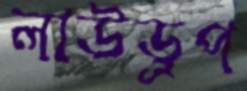
লাউড্রপ